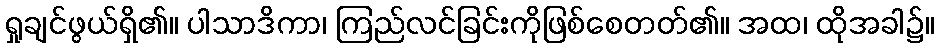
ရှုချင်ဖွယ်ရှိ၏။ ပါသာဒိကာ၊ ကြည်လင်ခြင်းကိုဖြစ်စေတတ်၏။ အထ၊ ထိုအခါ၌။